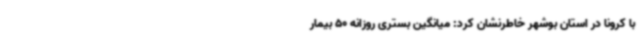
با کرونا در استان بوشهر خاطرنشان کرد: میانگین بستری روزانه 50 بیمار